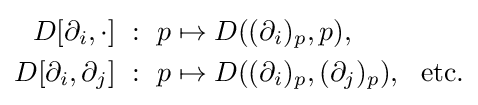
{\begin{aligned}D[\partial _{i},\cdot ]\ &:\ p\mapsto D((\partial _{i})_{p},p),\\D[\partial _{i},\partial _{j}]\ &:\ p\mapsto D((\partial _{i})_{p},(\partial _{j})_{p}),\ \ \mathrm {etc.} \end{aligned}}